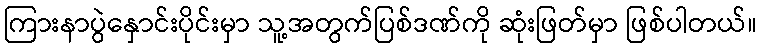
ကြားနာပွဲနှောင်းပိုင်းမှာ သူ့အတွက်ပြစ်ဒဏ်ကို ဆုံးဖြတ်မှာ ဖြစ်ပါတယ်။